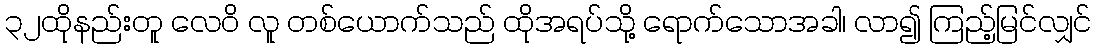
၃၂ထိုနည်းတူ လေဝိ လူ တစ်ယောက်သည် ထိုအရပ်သို့ ရောက်သောအခါ၊ လာ၍ ကြည့်မြင်လျှင်